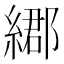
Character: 𦄄